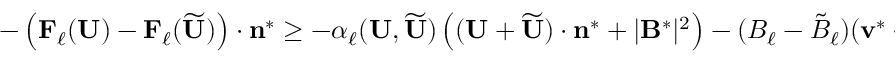
\begin{array} { r } { - \left( \mathbf { F } _ { \ell } ( \mathbf { U } ) - \mathbf { F } _ { \ell } ( \widetilde { \mathbf { U } } ) \right) \cdot \mathbf { n } ^ { * } \ge - \alpha _ { \ell } ( \mathbf { U } , \widetilde { \mathbf { U } } ) \left( ( \mathbf { U } + \widetilde { \mathbf { U } } ) \cdot \mathbf { n } ^ { * } + | \mathbf { B } ^ { * } | ^ { 2 } \right) - ( B _ { \ell } - \tilde { B } _ { \ell } ) ( \mathbf { v } ^ { * } \cdot \mathbf { B } ^ { * } ) . } \end{array}